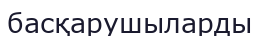
басқарушыларды